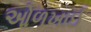
ઓળખાઈ